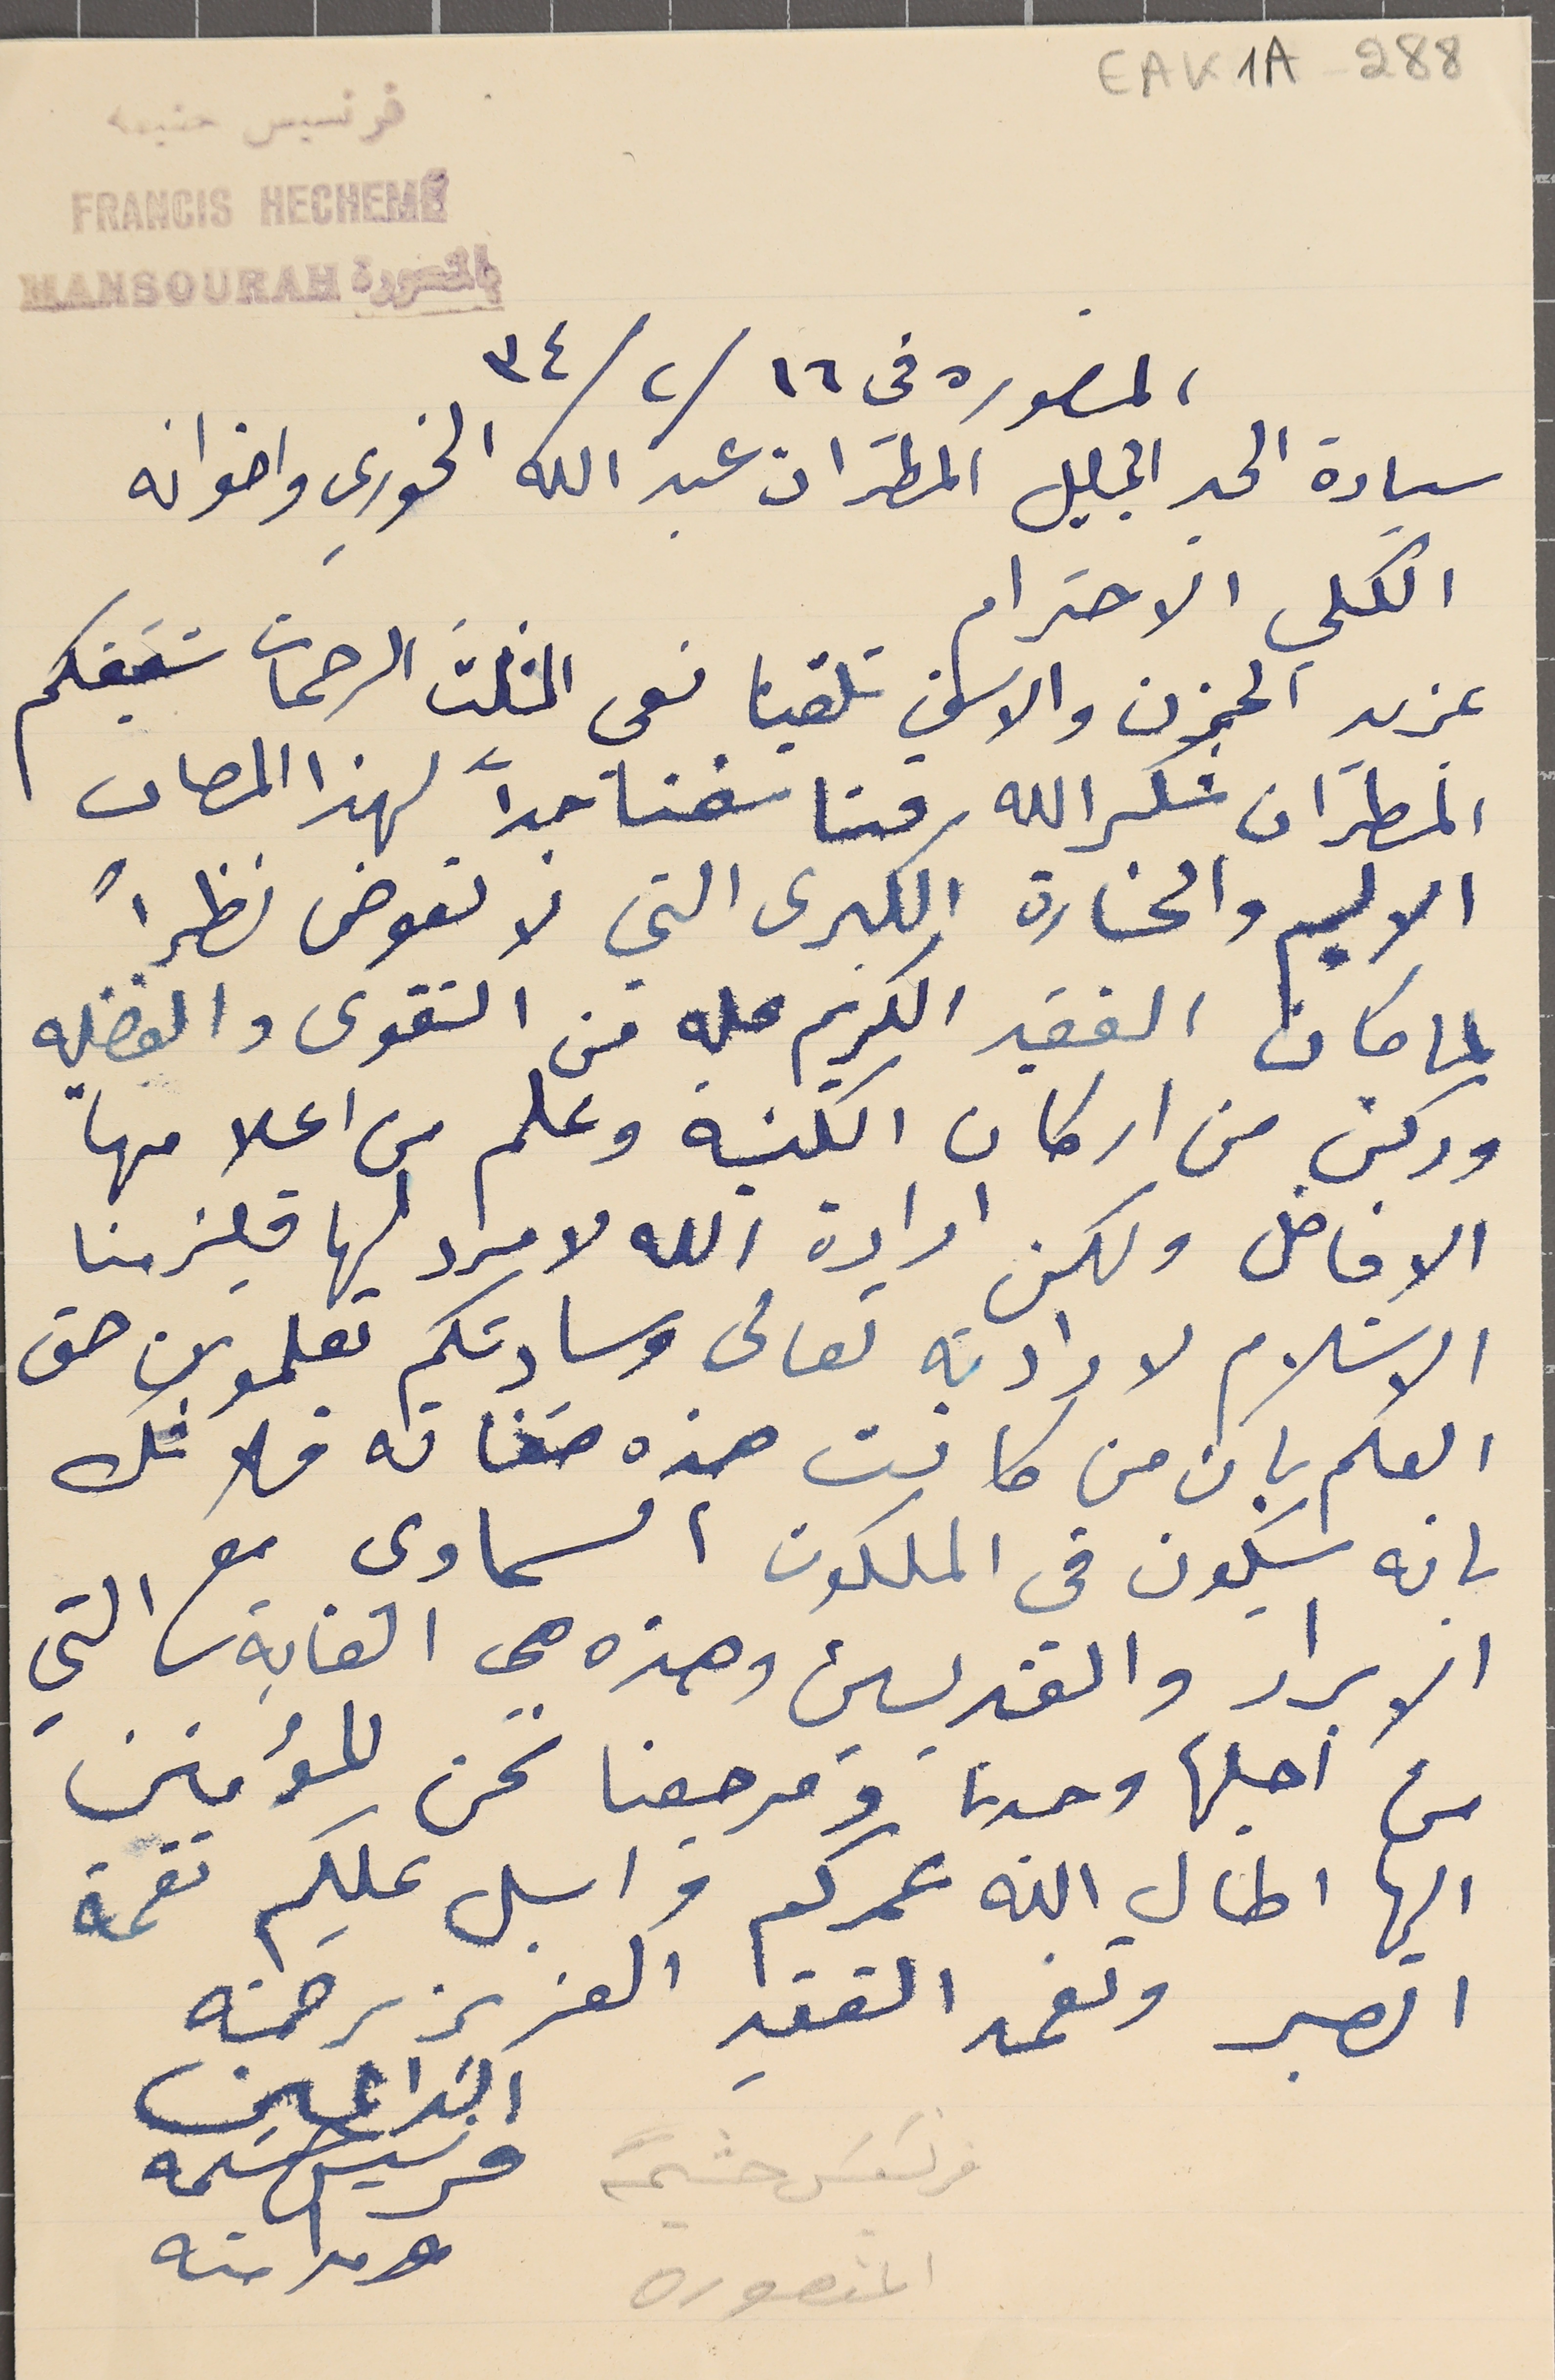
EAK1A - 288
- فرنسيس حشيمه
سيادة الحبر الجليل المطران عبد الله الخورى واخوانه
 الكلي الاحترام
بمزيد الحزن والاسف تلقينا نعى المثلثَ الرحمات شقيقكم
المطرَان شكرالله فتاسفنا جداً لهذا المصاب
الاليم والخسارة الكبرى التي لا تعوض نظراً
لما كان الفقيد الكريم عليه من التقوى والفضيله
 وركن من اركان الكنيسة وعلم من اعلامها
الافاضل ولكن ارادة الله لا مراد ليها فيلزمنا
 الاسَلام لارادته تعالى وسادتكم تعلمون حق
 العلم بان من كانت هذه صفاته فلا شك
بانه سيكيون في الملكوت السماوى مع
الابرار والقديسين وهذه هي الغاية التي
من اجلها وحدنا ومرجعنا نحن المؤمنين
اليها اطال الله عمركم واسال عليكم نعمة
الصبر وتغمد الفقيد العزيز رحمته
فرنسَيسَ حشيمة
المنصوره
الداعين
فرنسيس حسىمه
ومدامته
المنصوره فى ١٦ /٢ / ٣٤
FRANCIS HECHEME
بالمنصورة MANSOURAH